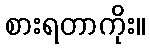
စားရတာကိုး။